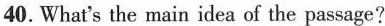
40. What's the main idea of the passage?